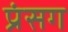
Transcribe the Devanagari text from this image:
प्रंसग